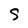
Character: S